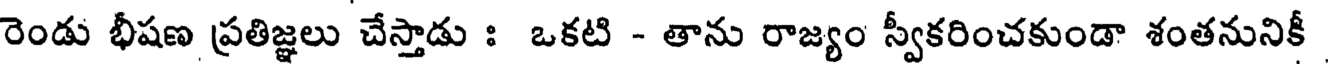
రెండు భీషణ ప్రతిజ్ఞలు చేస్తాడు : ఒకటి - తాను రాజ్యం స్వీకరించకుండా శంతనునికీ